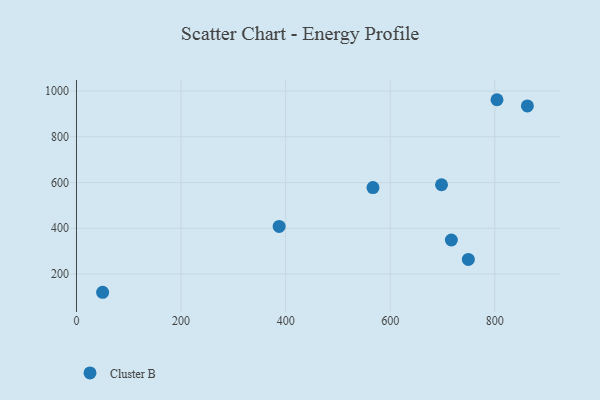
{"axis": {"x": "Engine Size", "y": "Fuel Efficiency"}, "legend": ["Cluster B"], "data": [{"x": "567.0", "y": 577.9, "type": "Cluster B"}, {"x": "749.4", "y": 264.1, "type": "Cluster B"}, {"x": "698.1", "y": 590.4, "type": "Cluster B"}, {"x": "862.3", "y": 934.9, "type": "Cluster B"}, {"x": "50.0", "y": 120.3, "type": "Cluster B"}, {"x": "387.6", "y": 408.2, "type": "Cluster B"}, {"x": "804.2", "y": 962.0, "type": "Cluster B"}, {"x": "716.9", "y": 348.8, "type": "Cluster B"}]}